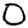
Digit: 0